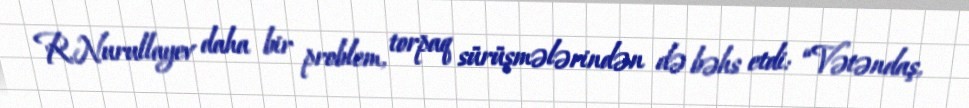
R.Nurullayev daha bir problem, torpaq sürüşmələrindən də bəhs etdi: “Vətəndaş,